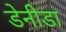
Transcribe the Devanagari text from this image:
डेनीडा